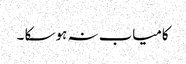
کامیاب نہ ہو سکا ۔